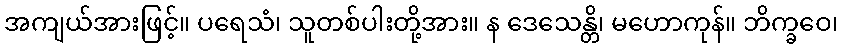
အကျယ်အားဖြင့်။ ပရေသံ၊ သူတစ်ပါးတို့အား။ န ဒေသေန္တိ၊ မဟောကုန်။ ဘိက္ခဝေ၊